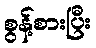
စွန့်စားပြီး